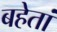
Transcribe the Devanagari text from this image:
बहेतां